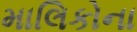
માલિકોના